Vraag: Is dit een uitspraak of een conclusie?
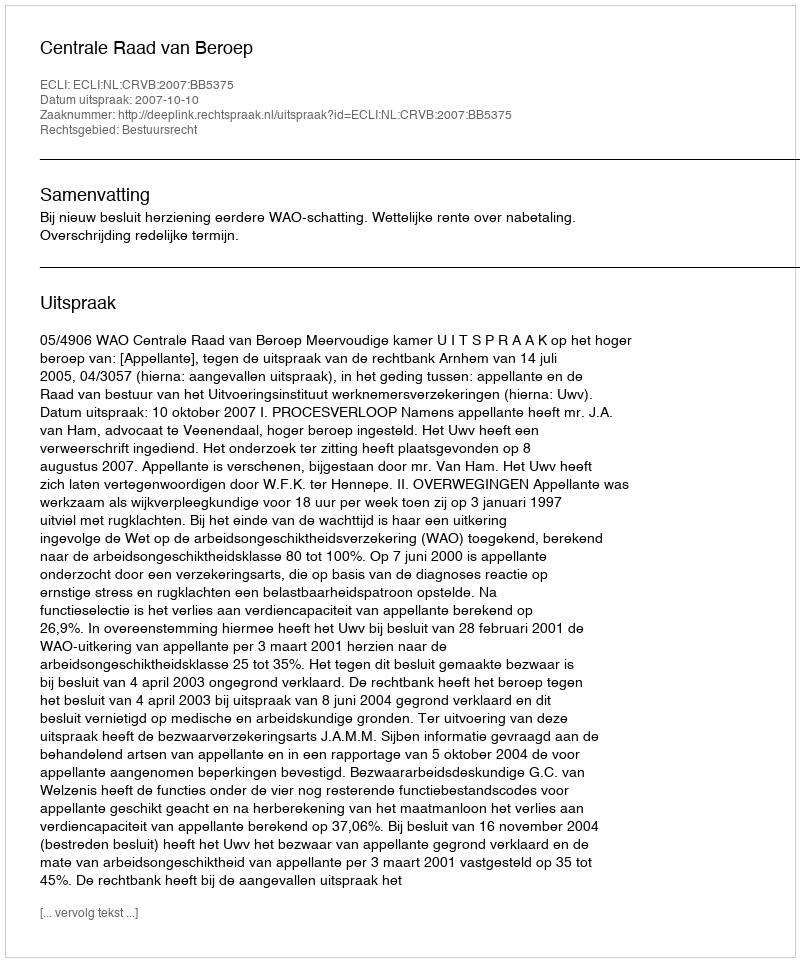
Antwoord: Uitspraak